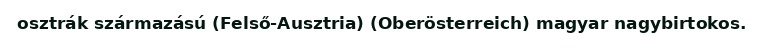
osztrák származású (Felső-Ausztria) (Oberösterreich) magyar nagybirtokos.